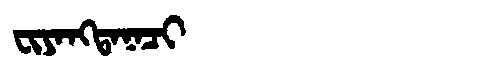
Manchu: ᠸᡳᠶᠠᠩᡨᠠᠨᠠᠴᡳ
Romanization: FIYANGTANACI